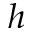
h